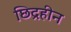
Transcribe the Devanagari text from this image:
छिद्रहीन